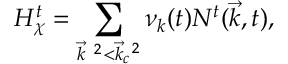
H _ { \chi } ^ { t } = \sum _ { { \vec { k } } ^ { ~ 2 } < { \vec { k } } _ { c } ^ { ~ 2 } } { \nu } _ { k } ( t ) N ^ { t } ( { \vec { k } } , t ) ,